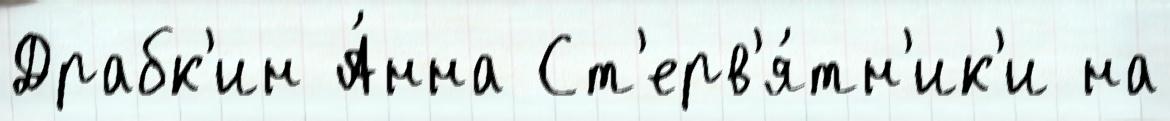
Драбк'ин А́нна Ст'ерв'я́тн'ик'и на